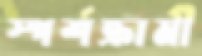
স্পর্শক্রামী